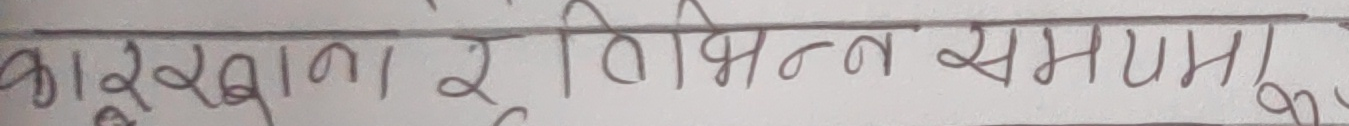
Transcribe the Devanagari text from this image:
कारखाना र सुभितन्न सम्पन्न समाना,०